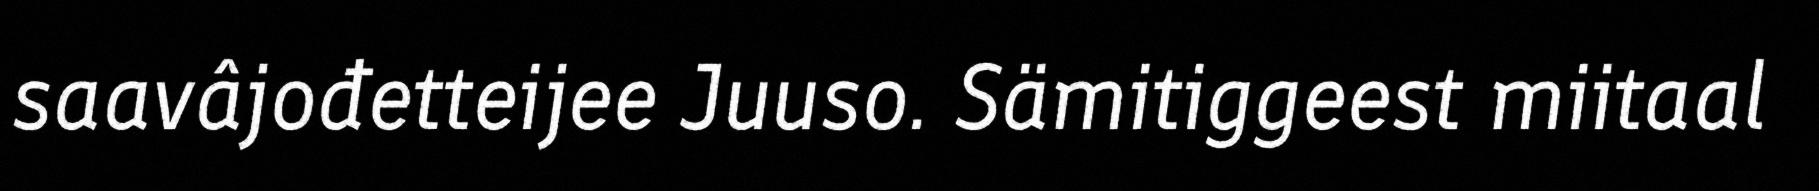
saavâjođetteijee Juuso. Sämitiggeest miitaal